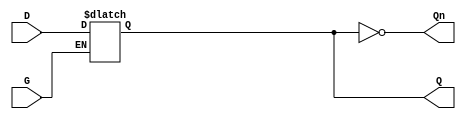
module dual_input_gated_latch (
    input wire D,      // Data Input
    input wire G,      // Gating Input
    output reg Q,      // Output
    output wire Qn     // Complement Output
);

// Complement output
assign Qn = ~Q;

// Always block to model the behavior of the gated latch
always @(*) begin
    if (G) begin
        Q = D;  // Capture the data input when G is high
    end
    // When G is low, Q retains its previous state
end

endmodule